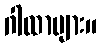
ဂါထာများ။